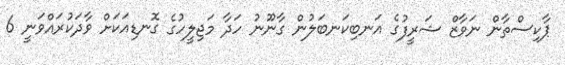
ޕާކިސްތާން ނަވާޒް ޝަރީފުގެ އަނބިކަނބަލުން ގާނޫނު ހަދާ މަޖިލީހުގެ ގޮނޑިއަކަށް ވާދަކުރައްވަނީ 6